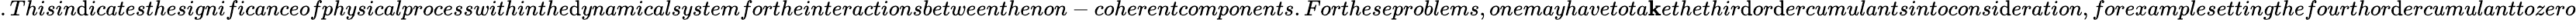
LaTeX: .Thisin\mathrm{d}icatesthesignificanceofphysicalprocesswithinthe\mathrm{d}ynamicalsystemfortheinteractionsbetweenthenon-coherentcomponents.Fortheseproblems,onemayhavetota\mathbf{k}ethethir\mathrm{d}or\mathrm{d}ercumulantsintoconsi\mathrm{d}eration,forexamplesettingthefourthor\mathrm{d}ercumulanttozero